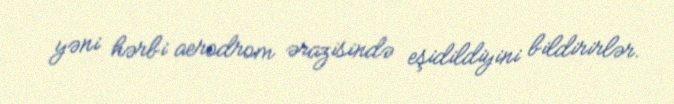
yəni hərbi aerodrom ərazisində eşidildiyini bildirirlər.